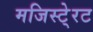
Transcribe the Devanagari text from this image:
मजिस्टे्रट